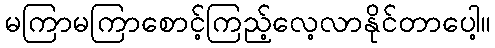
မကြာမကြာစောင့်ကြည့်လေ့လာနိုင်တာပေါ့။